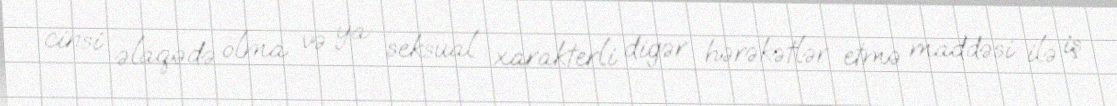
cinsi əlaqədə olma və ya seksual xarakterli digər hərəkətlər etmə maddəsi ilə iş